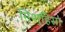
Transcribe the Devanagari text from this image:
मिशुहिसा